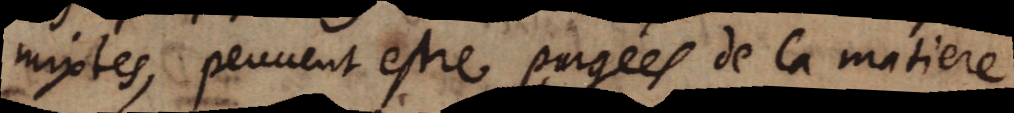
mintes, peuvent estre ougées de la matiere